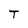
Character: T